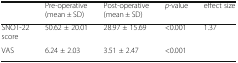
<table><thead><tr><td></td><td><b>Pre-operative(mean ± SD)</b></td><td><b>Post-operative(mean ± SD)</b></td><td><b><i>p</i>-value</b></td><td><b>effect size</b></td></tr></thead><tbody><tr><td>SNOT-22 score</td><td>50.62 ± 20.01</td><td>28.97 ± 15.69</td><td>&lt;0.001</td><td>1.37</td></tr><tr><td>VAS</td><td>6.24 ± 2.03</td><td>3.51 ± 2.47</td><td>&lt;0.001</td><td></td></tr></tbody></table>